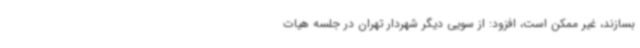
بسازند، غیر ممکن است، افزود: از سویی دیگر شهردار تهران در جلسه هیات